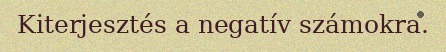
Kiterjesztés a negatív számokra.